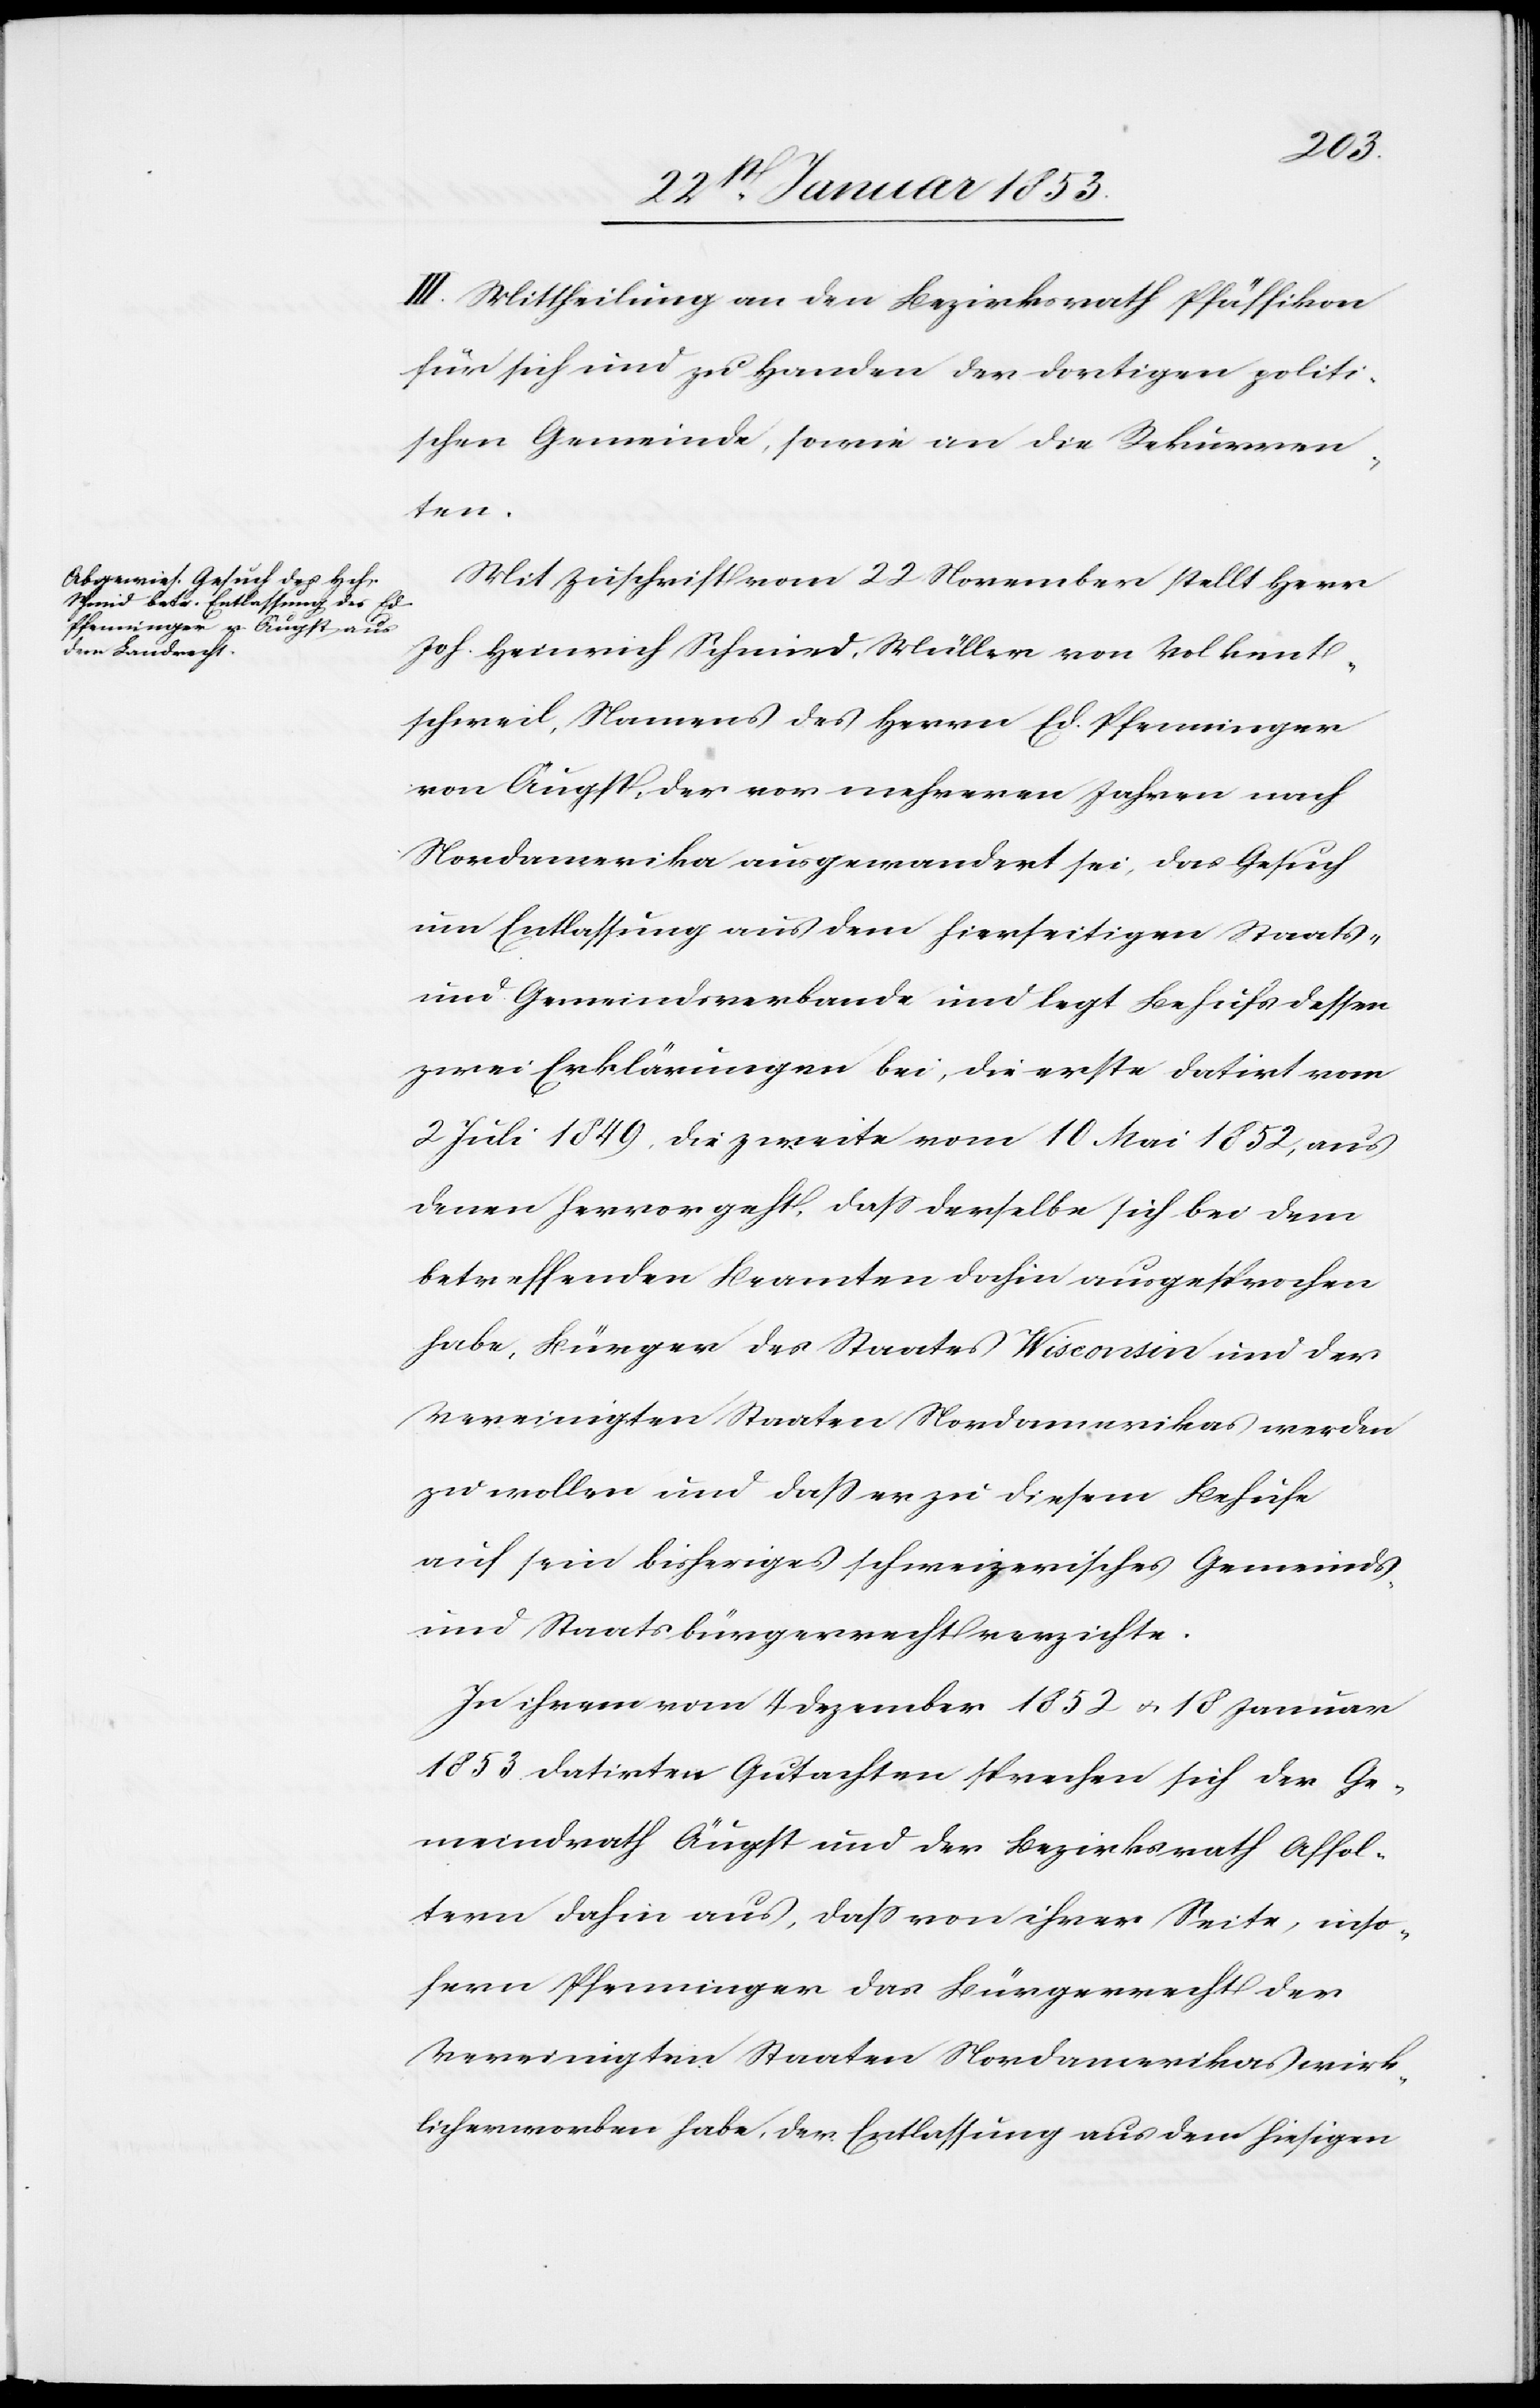
III. Mittheilung an den Bezirksrath Pfäffikon
für sich und zu Handen der dortigen politi¬
schen Gemeinde, sowie an die Rekurren¬
ten.
Mit Zuschrift vom 22 November stellt Herr
Joh. Heinrich Schmid, Müller von Volkent¬
schweil, Namens des Herrn Ed. Pfenninger
von Äugst, der vor mehrern Jahren nach
Nordamerika ausgewandert sei, das Gesuch
um Entlassung aus dem hierseitigen Staats-
und Gemeindsverbande und legt Behufs dessen
zwei Erklärungen bei, die erste datirt vom
2 Juli 1849, die zweite vom 10 Mai 1852, aus
denen hervorgeht, daß derselbe sich bei dem
betreffenden Beamten dahin ausgesprochen
habe, Bürger des Staates Wisconsin und der
Vereinigten Staaten Nordamerikas werden
zu wollen und daß er zu diesem Behufe
auf sein bisheriges schweizerisches Gemeinds-
und Staatsbürgerrecht verzichte.
In ihrem vom 4 Dezember 1852 u. 18 Januar
1853 datirten Gutachten sprechen sich der Ge¬
meindrath Äugst und der Bezirksrath Affol¬
tern dahin aus, daß von ihrer Seite, inso¬
fern Pfenninger das Bürgerrecht der
Vereinigten Staaten Nordamerikas wirk¬
licherworben [sic!] habe, der Entlassung aus dem hiesigen